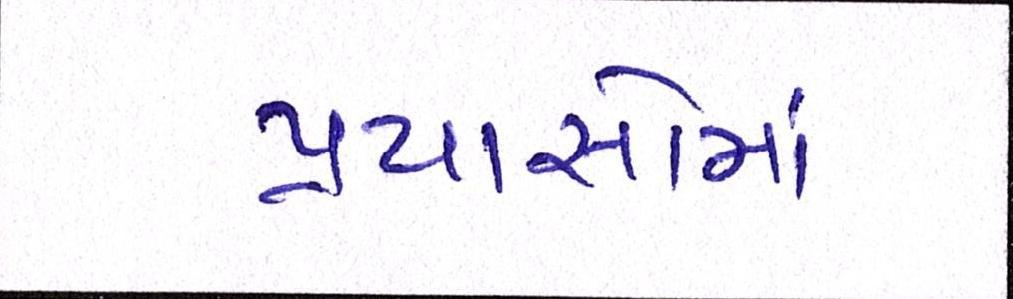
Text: પ્રયાસોમાં